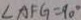
\angle A F G = 9 0 ^ { \circ }